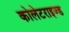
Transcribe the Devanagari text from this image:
कोलेटराइज्ड